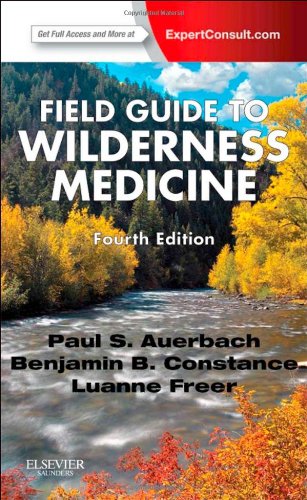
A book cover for Field Guide to Wilderness Medicine: Expert Consult - Online and Print, 4e; Paul S. Auerbach MD  MS  FACEP  FAWM; Medical Books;